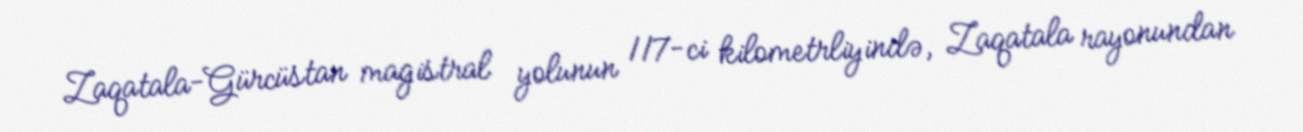
Zaqatala-Gürcüstan magistral yolunun 117-ci kilometrliyində, Zaqatala rayonundan